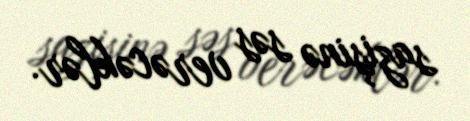
sazişinə səs verəcəklər.